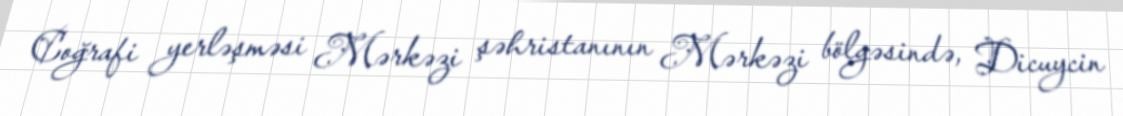
Coğrafi yerləşməsi Mərkəzi şəhristanının Mərkəzi bölgəsində, Dicuycin